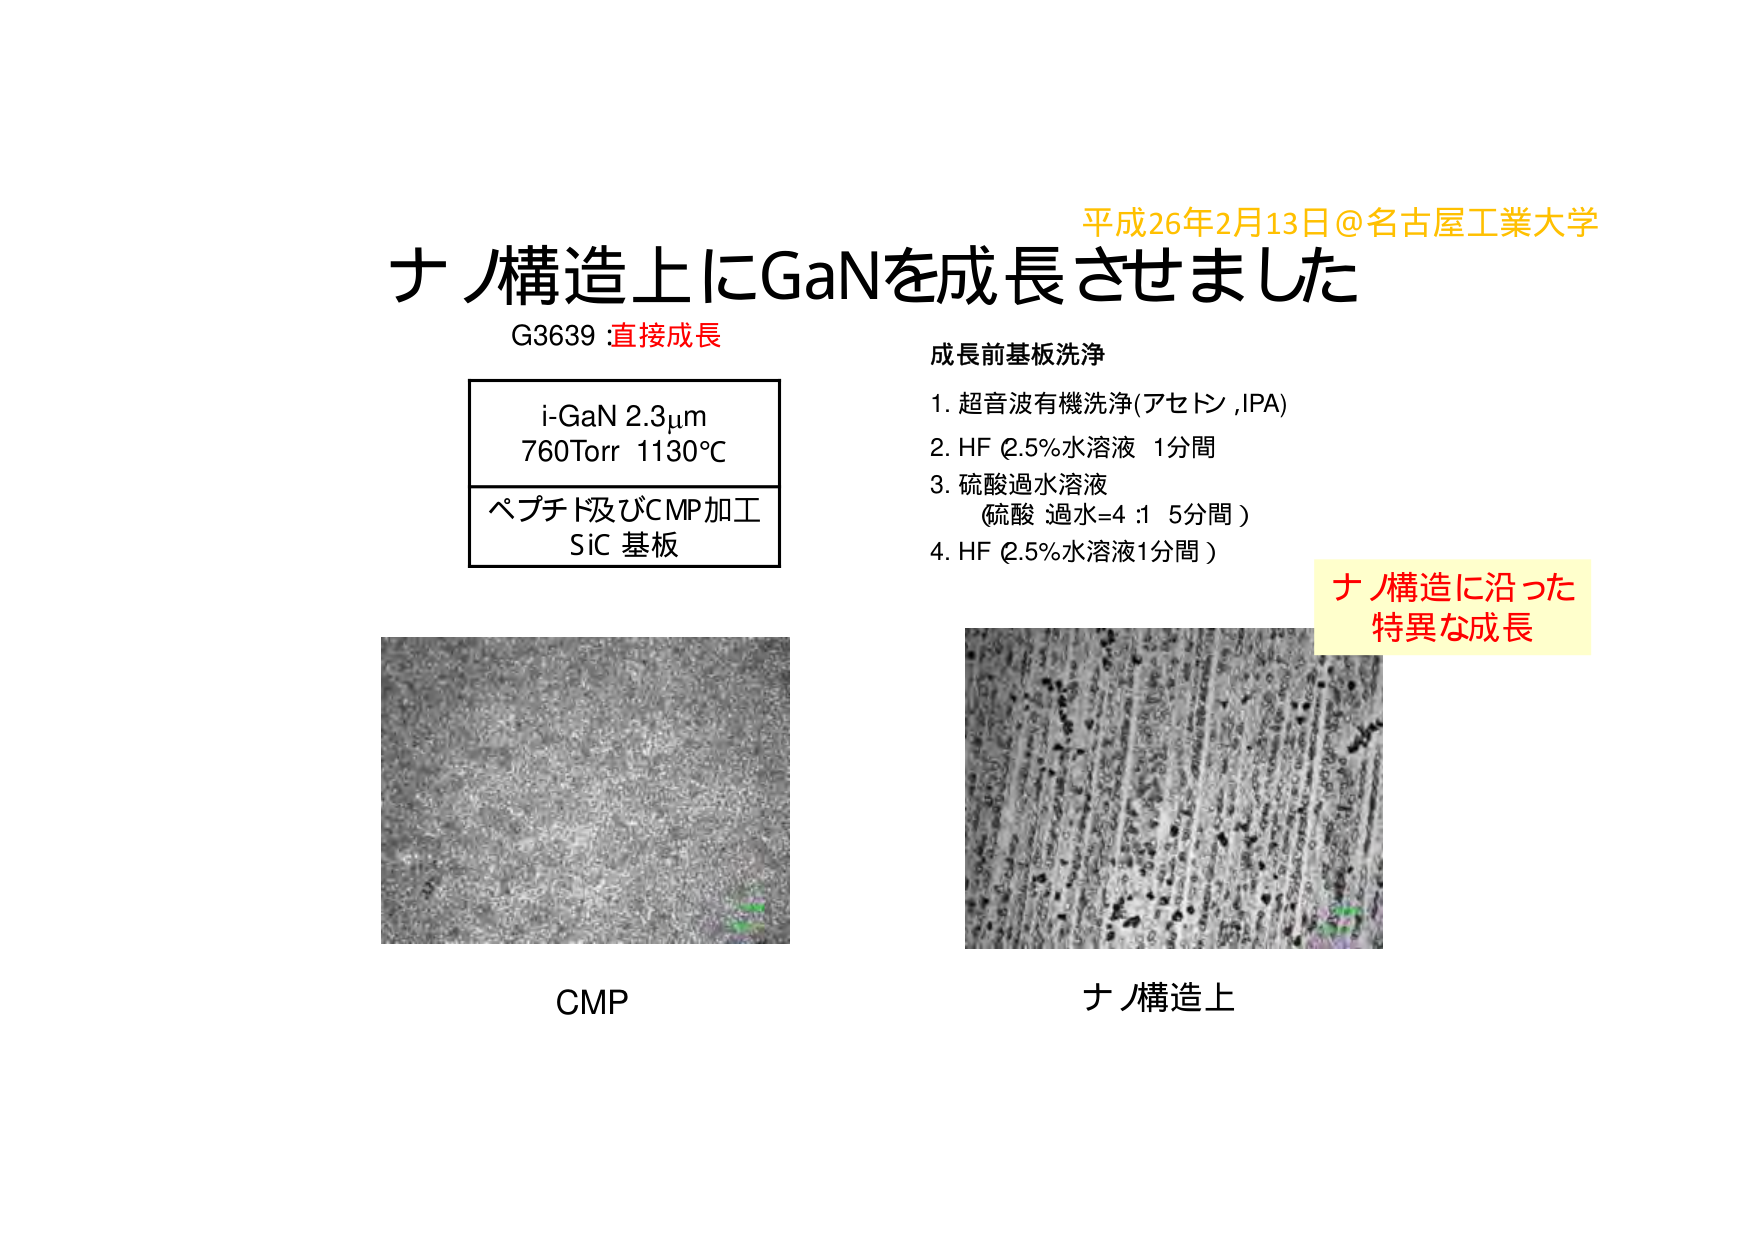
平成26年2月13日@名古屋工業大学
ナノ構造上にGaNを成長させました
G3639 :直接成長
i-GaN 2.3μm
760Torr 1130℃
ペプチド及びCMP加工
SiC 基板
成長前基板洗浄
1. 超音波有機洗浄(アセトン,IPA)
2. HF 2.5%水溶液 1分間
3. 硫酸過水溶液
　(硫酸 過水=4:1 5分間)
4. HF 2.5%水溶液1分間)
CMP
ナノ構造上
ナノ構造に沿った
特異な成長